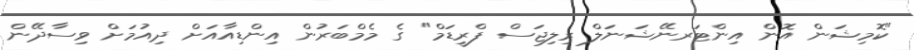
"ކޮމިޝަން އޮން އިންޓަރނޭޝަނަލް ރިލިޖަސް ފްރީޑަމް" ގެ މެމްބަރުން އިންޑިއާއަށް ދިއުމަށް ވިސާދޭން